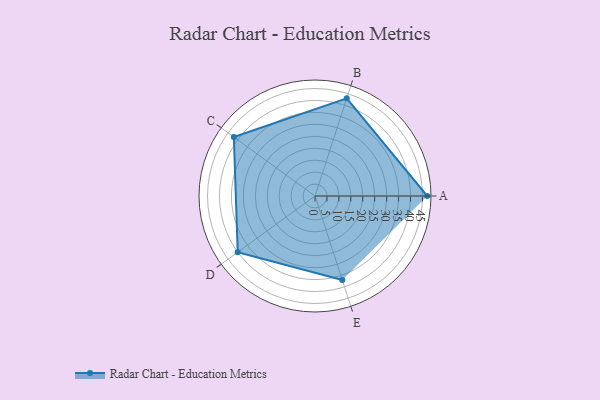
{"axis": {"x": "Skill", "y": "Score"}, "legend": ["Profile"], "data": [{"x": "A", "y": 47.0, "type": "Profile"}, {"x": "B", "y": 43.0, "type": "Profile"}, {"x": "C", "y": 42.0, "type": "Profile"}, {"x": "D", "y": 40.0, "type": "Profile"}, {"x": "E", "y": 37.0, "type": "Profile"}]}